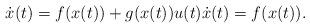
LaTeX: \begin{align*}\dot{x}(t) = f(x(t)) + g(x(t))u(t) \dot{x}(t) &= f(x(t)).\end{align*}